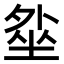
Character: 𡎥